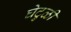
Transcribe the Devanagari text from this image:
घेटुळी